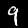
Digit: 9